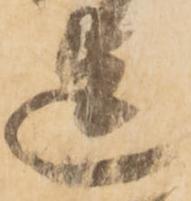
迄